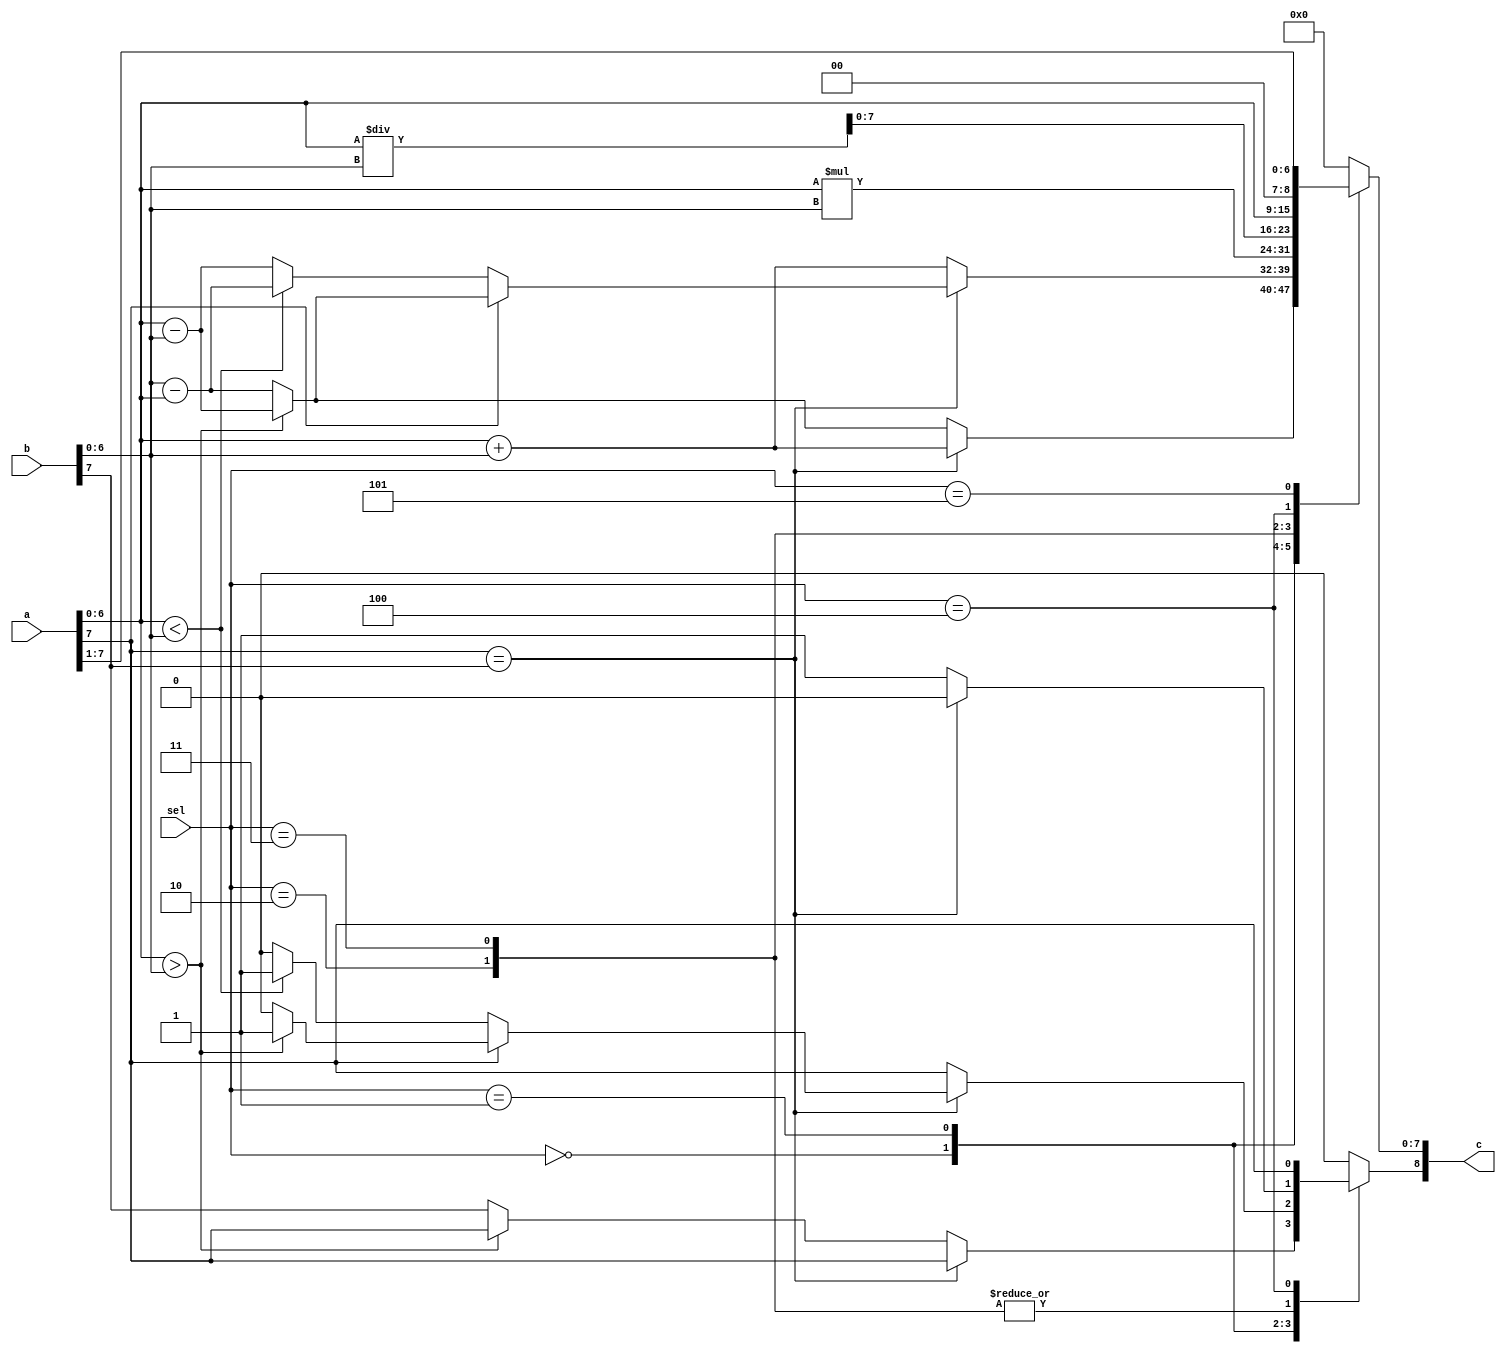
module alu (
	input [7:0] a,b,
	input [2:0]sel,
	output reg [8:0] c
	);

parameter sign = 7, final_sign = 8;

reg [6:0] temp_a,temp_b;



always @(*) 
begin

temp_a <= a[6:0];
temp_b <= b[6:0];

	case (sel)
	3'd0 : begin
			if(a[sign] == b[sign])
			begin
			c <= temp_a+temp_b;
			c[final_sign] <= a[sign];	
			end
			
			else begin
				if (temp_a > temp_b)  
				begin 
			 	c <= temp_a - temp_b;
			 	c[final_sign] <= a[sign];  
			 	end
				else 
				begin
				c <= temp_b - temp_a;
				c[final_sign] <= b[sign];
				end
			end 
		 end

	3'd1 : begin
			if(a[sign] == b[sign])
			begin
				if(a[sign] == 1'b0)
					if(temp_a<temp_b)	
					begin c <= temp_b-temp_a;c[final_sign] <= 1'b1; end		
					else
					begin c <= temp_a-temp_b;c[final_sign] <= 1'b0; end

				else begin
					if(temp_a>temp_b)
					begin c <= temp_a-temp_b; c[final_sign]<=1'b1;end
					else
					begin c <= temp_b-temp_a; c[final_sign]<=1'b0;end			
				 end		
			end

			else begin
				begin c <= temp_a+temp_b; c[final_sign] <= a[sign]; end
			end

		   end

	3'd2 : begin
				if(a[sign] == b[sign])
				begin c <= temp_a*temp_b; c[final_sign] <= 1'b0; end
				else 
				begin c <= temp_a*temp_b; c[final_sign] <= 1'b1; end
			end

	3'd3 : begin
				if(a[sign] == b[sign])
				begin c <= temp_a/temp_b; c[final_sign] <= 1'b0; end
				else 
				begin c <= temp_a/temp_b; c[final_sign] <= 1'b1; end
			end

	3'd4 : c <= (a << 1);
	3'd5 : c <= (a >> 1);

	default : c <= 8'd0;
	endcase
end

endmodule